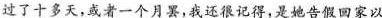
过了十多天，或者一个月罢，我还很记得，是她告假回家以